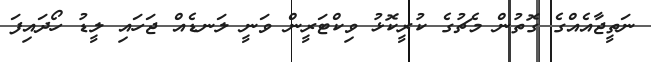
ނަތީޖާއެއްގެ ގޮތުން މެޗުގެ ކުރީކޮޅު ވިކްޓަރީން ވަނީ ލަނޑެއް ޖަހައި ލީޑު ހޯދައިފަ